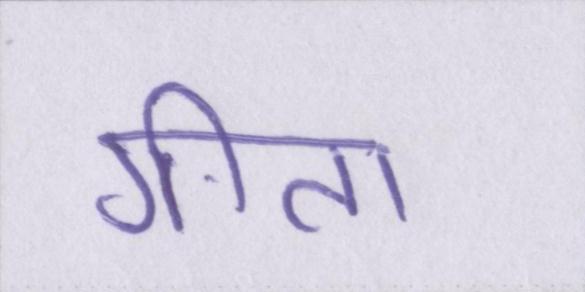
गीता